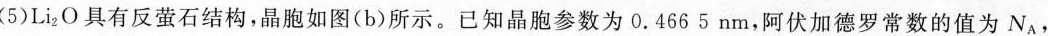
(5)Li_{2}O具有反萤石结构，晶胞如图(b)所示。已知晶胞参数为0.4665nm，阿伏加德罗常数的值为N_{A}，